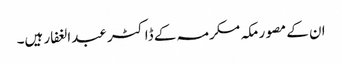
ان کے مصور مکہ مکرمہ کے ڈاکٹر عبدالغفار ہیں۔